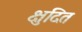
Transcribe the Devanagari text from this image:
क्षुदित